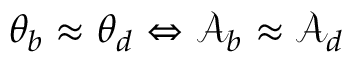
\theta _ { b } \approx \theta _ { d } \Leftrightarrow \mathcal { A } _ { b } \approx \mathcal { A } _ { d }